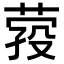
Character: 𦴎